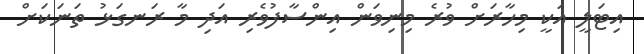
އިޓަލީ އަކީ މިހާރަށް ވުރެ މިނިވަން އިންސާފުވެރި އަދި މާ ރަނގަޅު ތަނަކަށް